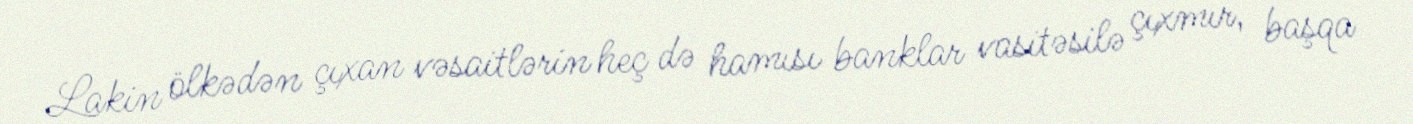
Lakin ölkədən çıxan vəsaitlərin heç də hamısı banklar vasitəsilə çıxmır, başqa